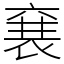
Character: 㐮